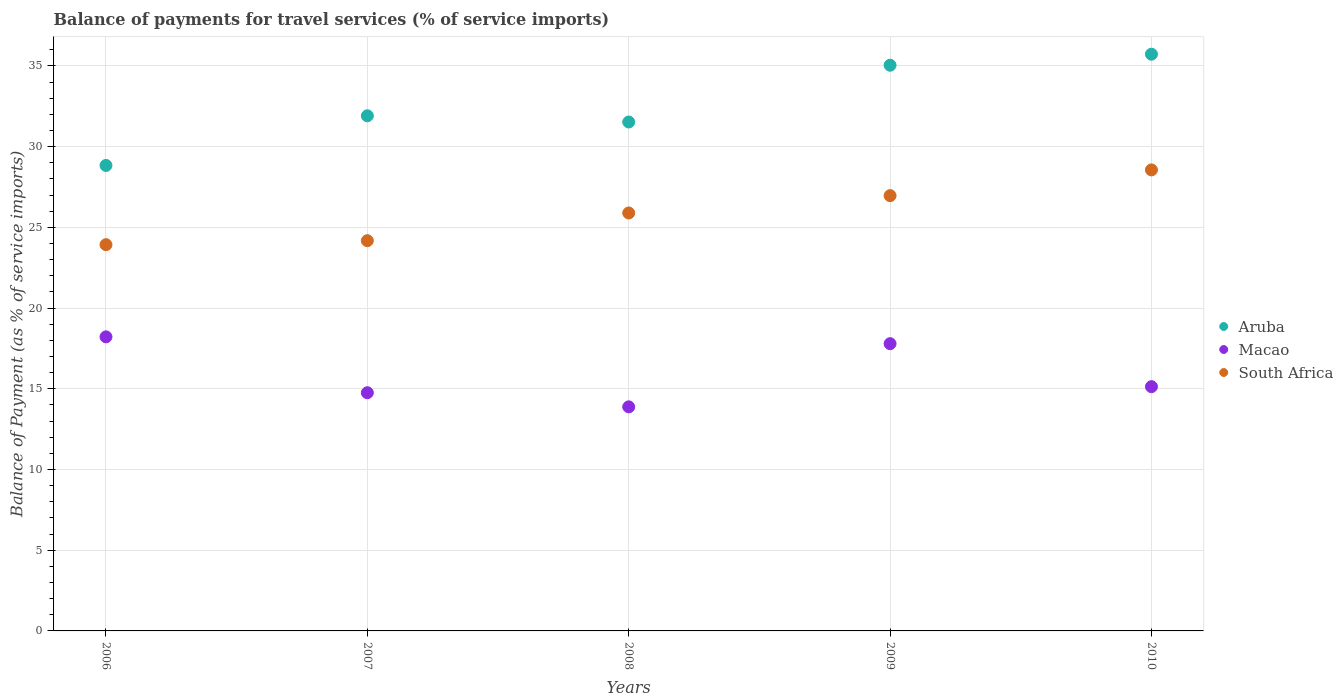
| Years | Aruba | Macao | South Africa |
 | --- | --- | --- | --- |
 | 2006 | 28.8 | 18.2 | 23.9 |
 | 2007 | 31.9 | 14.8 | 24.2 |
 | 2008 | 31.5 | 13.9 | 25.9 |
 | 2009 | 35 | 17.8 | 27 |
 | 2010 | 35.7 | 15.1 | 28.6 |